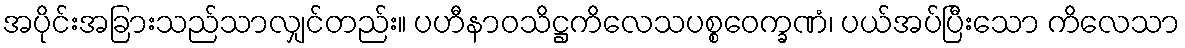
အပိုင်းအခြားသည်သာလျှင်တည်း။ ပဟီနာဝသိဋ္ဌကိလေသပစ္စဝေက္ခဏံ၊ ပယ်အပ်ပြီးသော ကိလေသာ